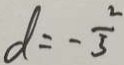
d = - \frac { 2 } { 3 }